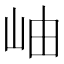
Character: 岫